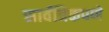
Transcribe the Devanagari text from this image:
सार्वत्रिकपणे